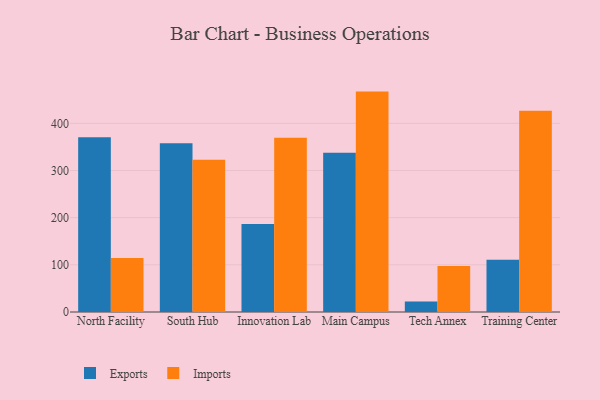
{"axis": {"x": "Campus", "y": "Energy Usage (MWh)"}, "legend": ["Exports", "Imports"], "data": [{"x": "North Facility", "y": 370.3, "type": "Exports"}, {"x": "North Facility", "y": 114.4, "type": "Imports"}, {"x": "South Hub", "y": 357.8, "type": "Exports"}, {"x": "South Hub", "y": 322.6, "type": "Imports"}, {"x": "Innovation Lab", "y": 186.5, "type": "Exports"}, {"x": "Innovation Lab", "y": 369.5, "type": "Imports"}, {"x": "Main Campus", "y": 337.5, "type": "Exports"}, {"x": "Main Campus", "y": 467.2, "type": "Imports"}, {"x": "Tech Annex", "y": 22.2, "type": "Exports"}, {"x": "Tech Annex", "y": 97.3, "type": "Imports"}, {"x": "Training Center", "y": 110.7, "type": "Exports"}, {"x": "Training Center", "y": 426.6, "type": "Imports"}]}